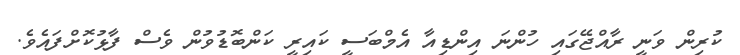
ކުރިން ވަނީ ރާއްޖޭގައި ހުންނަ އިންޑިއާ އެމްބަސީ ކައިރީ ކަންބޮޑުވުން ވެސް ފާޅުކޮށްފައެވެ.